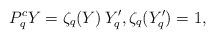
LaTeX: \begin{align*}P_q^cY=\zeta_q(Y)\, Y_q',\zeta_q(Y_q')=1,\end{align*}